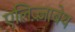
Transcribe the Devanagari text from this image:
एलिज़्ज़ाबेथ